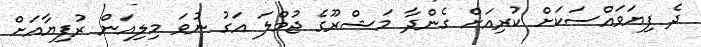
ދެ ފިޔަވައްސަކަށް ކުރިއަށް ގެންދާ މަޝްރޫގެ ޖުމްލަ އަގު ނުވަ މިލިއަން ރުފިޔާއަށް